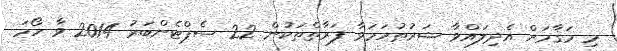
މި މަޤާމަށް އެދިލައްވާ ޝަރުޠުހަމަވާ ފަރާތްތަކުން 22 ސެޕްޓެންބަރު 2014 ވާ ހޯމަ